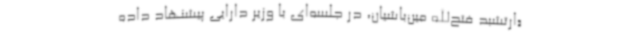
«ارتشبد فتح‌الله مین‌باشیان، در جلسه‌ای با وزیر دارایی پیشنهاد داده